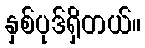
နှစ်ပုဒ်ရှိတယ်။